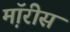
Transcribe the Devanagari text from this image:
म़ॉरीस